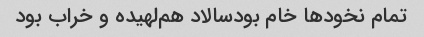
تمام نخود‌ها خام بود‌سالاد هم‌لهیده و خراب بود